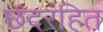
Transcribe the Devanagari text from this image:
छंदरहित